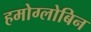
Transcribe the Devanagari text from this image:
हमोग्लोबिन